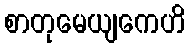
စာတုမေယျကေဟိ